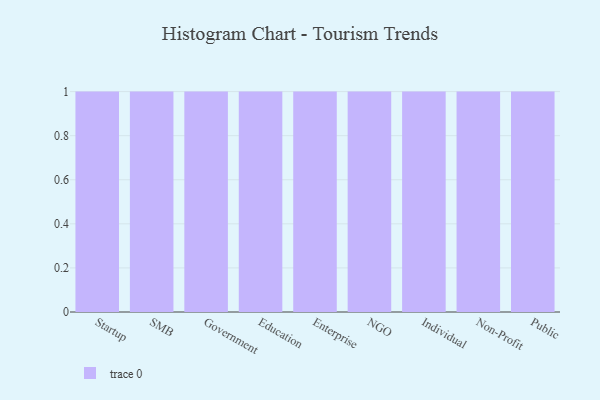
{"axis": {"x": "Segment", "y": "Tickets Resolved"}, "legend": [""], "data": [{"x": "Startup", "y": 22, "type": ""}, {"x": "SMB", "y": 79, "type": ""}, {"x": "Government", "y": 41, "type": ""}, {"x": "Education", "y": 66, "type": ""}, {"x": "Enterprise", "y": 22, "type": ""}, {"x": "NGO", "y": 51, "type": ""}, {"x": "Individual", "y": 62, "type": ""}, {"x": "Non-Profit", "y": 60, "type": ""}, {"x": "Public", "y": 90, "type": ""}]}